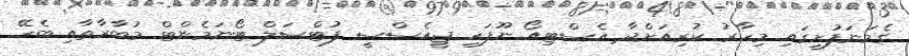
ގެމަނަފުށީގައި މިހާރު ކުރިއަށްދާ އެސްޓިއޯ ނޫފަހި ޖީއެސްސީ ފުޓްސަލް ޓޯނަމެންޓް މުބާރާތާއި ބެހޭ